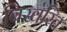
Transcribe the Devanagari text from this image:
बिखरित